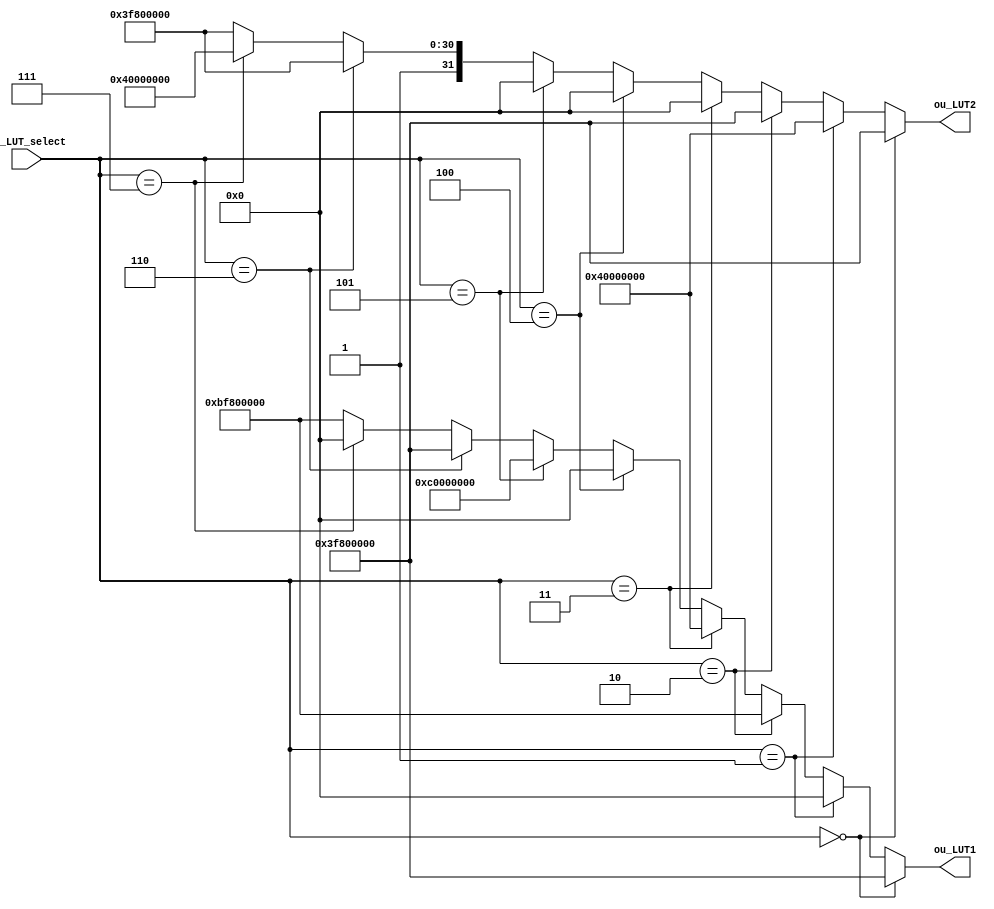
module LUT(
input           [3:0]  in_LUT_select,
output          [31:0] ou_LUT1, ou_LUT2
);

assign ou_LUT1 =    (in_LUT_select == 4'd0) ? 32'h3F800000 :
                    (in_LUT_select == 4'd1) ? 32'h00000000 :
                    (in_LUT_select == 4'd2) ? 32'hBF800000 :
                    (in_LUT_select == 4'd3) ? 32'h40000000 :
                    (in_LUT_select == 4'd4) ? 32'h00000000 :
                    (in_LUT_select == 4'd5) ? 32'hC0000000 :
                    (in_LUT_select == 4'd6) ? 32'h3F800000 :
                    (in_LUT_select == 4'd7) ? 32'h00000000 :
                    32'hBF800000;
assign ou_LUT2 =    (in_LUT_select == 4'd0) ? 32'h3F800000 :
                    (in_LUT_select == 4'd1) ? 32'h40000000 :
                    (in_LUT_select == 4'd2) ? 32'h3F800000 :
                    (in_LUT_select == 4'd3) ? 32'h00000000 :
                    (in_LUT_select == 4'd4) ? 32'h00000000 :
                    (in_LUT_select == 4'd5) ? 32'h00000000:
                    (in_LUT_select == 4'd6) ? 32'hBF800000 :
                    (in_LUT_select == 4'd7) ? 32'hC0000000 :
                    32'hBF800000;
// always @(*) begin
//     case(in_LUT_select)
//     4'd0: begin 
//     ou_LUT1 = 32'h3F800000;//1
//     ou_LUT2 = 32'h3F800000;//1
//     end
//     4'd1: begin
//     ou_LUT1 = 32'h00000000;//0
//     ou_LUT2 = 32'h40000000;//2
//     end
//     4'd2: begin
//     ou_LUT1 = 32'hBF800000;//-1
//     ou_LUT2 = 32'h3F800000;//1
//     end
//     4'd3: begin
//     ou_LUT1 = 32'h40000000;//2
//     ou_LUT2 = 32'h00000000;//0
//     end
//     4'd4: begin 
//     ou_LUT1 = 32'h00000000;//0
//     ou_LUT1 = 32'h00000000;//0
//     end
//     4'd5: begin
//     ou_LUT1 = 32'hC0000000;//-2
//     ou_LUT2 = 32'h00000000;//0
//     end
//     4'd6: begin
//     ou_LUT1 = 32'h3F800000;//1
//     ou_LUT2 = 32'hBF800000;//-1
//     end
//     4'd7: begin
//     ou_LUT1 = 32'h00000000;//0
//     ou_LUT2 = 32'hC0000000;//-2
//     end
//     4'd8: begin
//     ou_LUT1 = 32'hBF800000;//-1
//     ou_LUT2 = 32'hBF800000;//-1
//     end
//     endcase
// end
endmodule